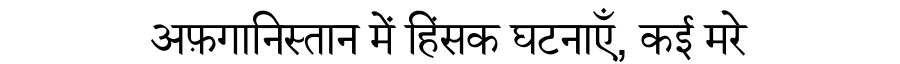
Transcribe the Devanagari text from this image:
अफ़गानिस्तान में हिंसक घटनाएँ, कई मरे